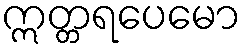
ဣတ္တရပေမော